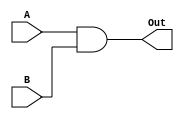
module ANDGate(
    // Inputs
    input A,
    input B,

    // Outputs
    output reg Out
);
    assign Out = A & B;
endmodule